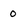
Character: 0